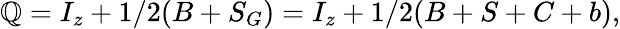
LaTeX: \mathbb{Q}=I_{z}+1/2(B+S_{G})=I_{z}+1/2(B+S+C+b),